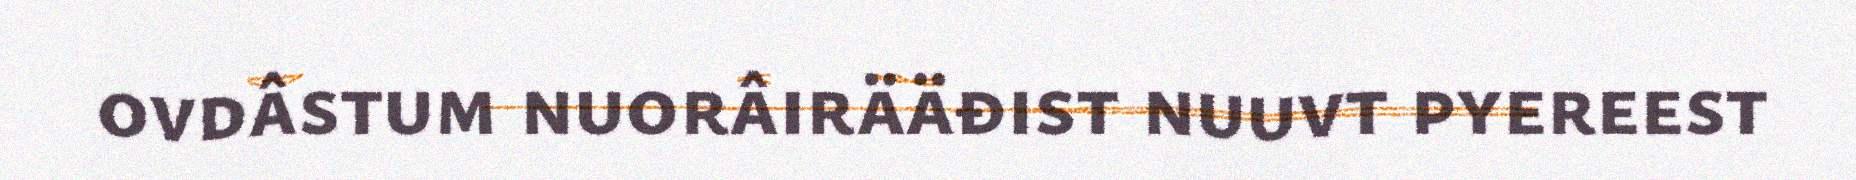
ovdâstum nuorâirääđist nuuvt pyereest